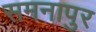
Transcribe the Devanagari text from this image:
समनापुर